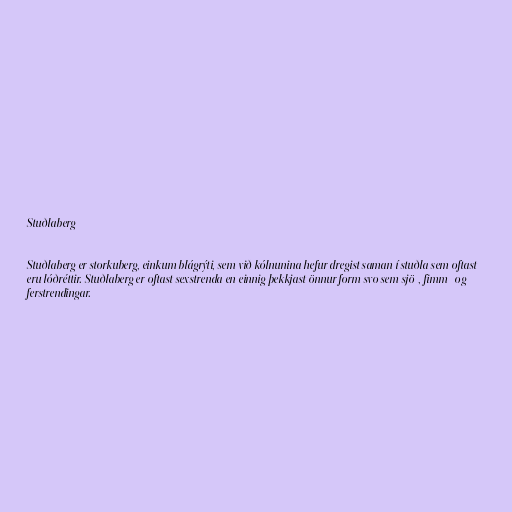
Stuðlaberg

Stuðlaberg er storkuberg, einkum blágrýti, sem við kólnunina hefur dregist saman í stuðla sem oftast
eru lóðréttir. Stuðlaberg er oftast sexstrenda en einnig þekkjast önnur form svo sem sjö-, fimm- og
ferstrendingar.